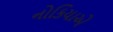
નોકિયાએ